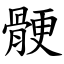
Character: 骾